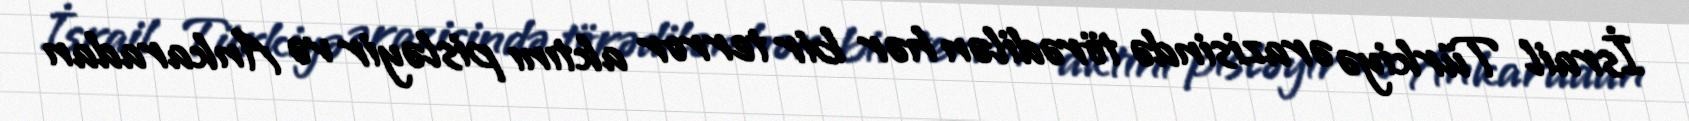
İsrail Türkiyə ərazisində törədilən hər bir terror aktını pisləyir və Ankaradan